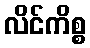
လိင်ကိစ္စ